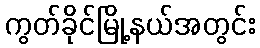
ကွတ်ခိုင်မြို့နယ်အတွင်း